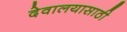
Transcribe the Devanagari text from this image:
देवालयासाठी